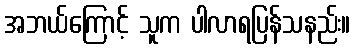
အဘယ်ကြောင့် သူက ပါလာရပြန်သနည်း။